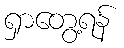
ရှာတွေ့ရန်